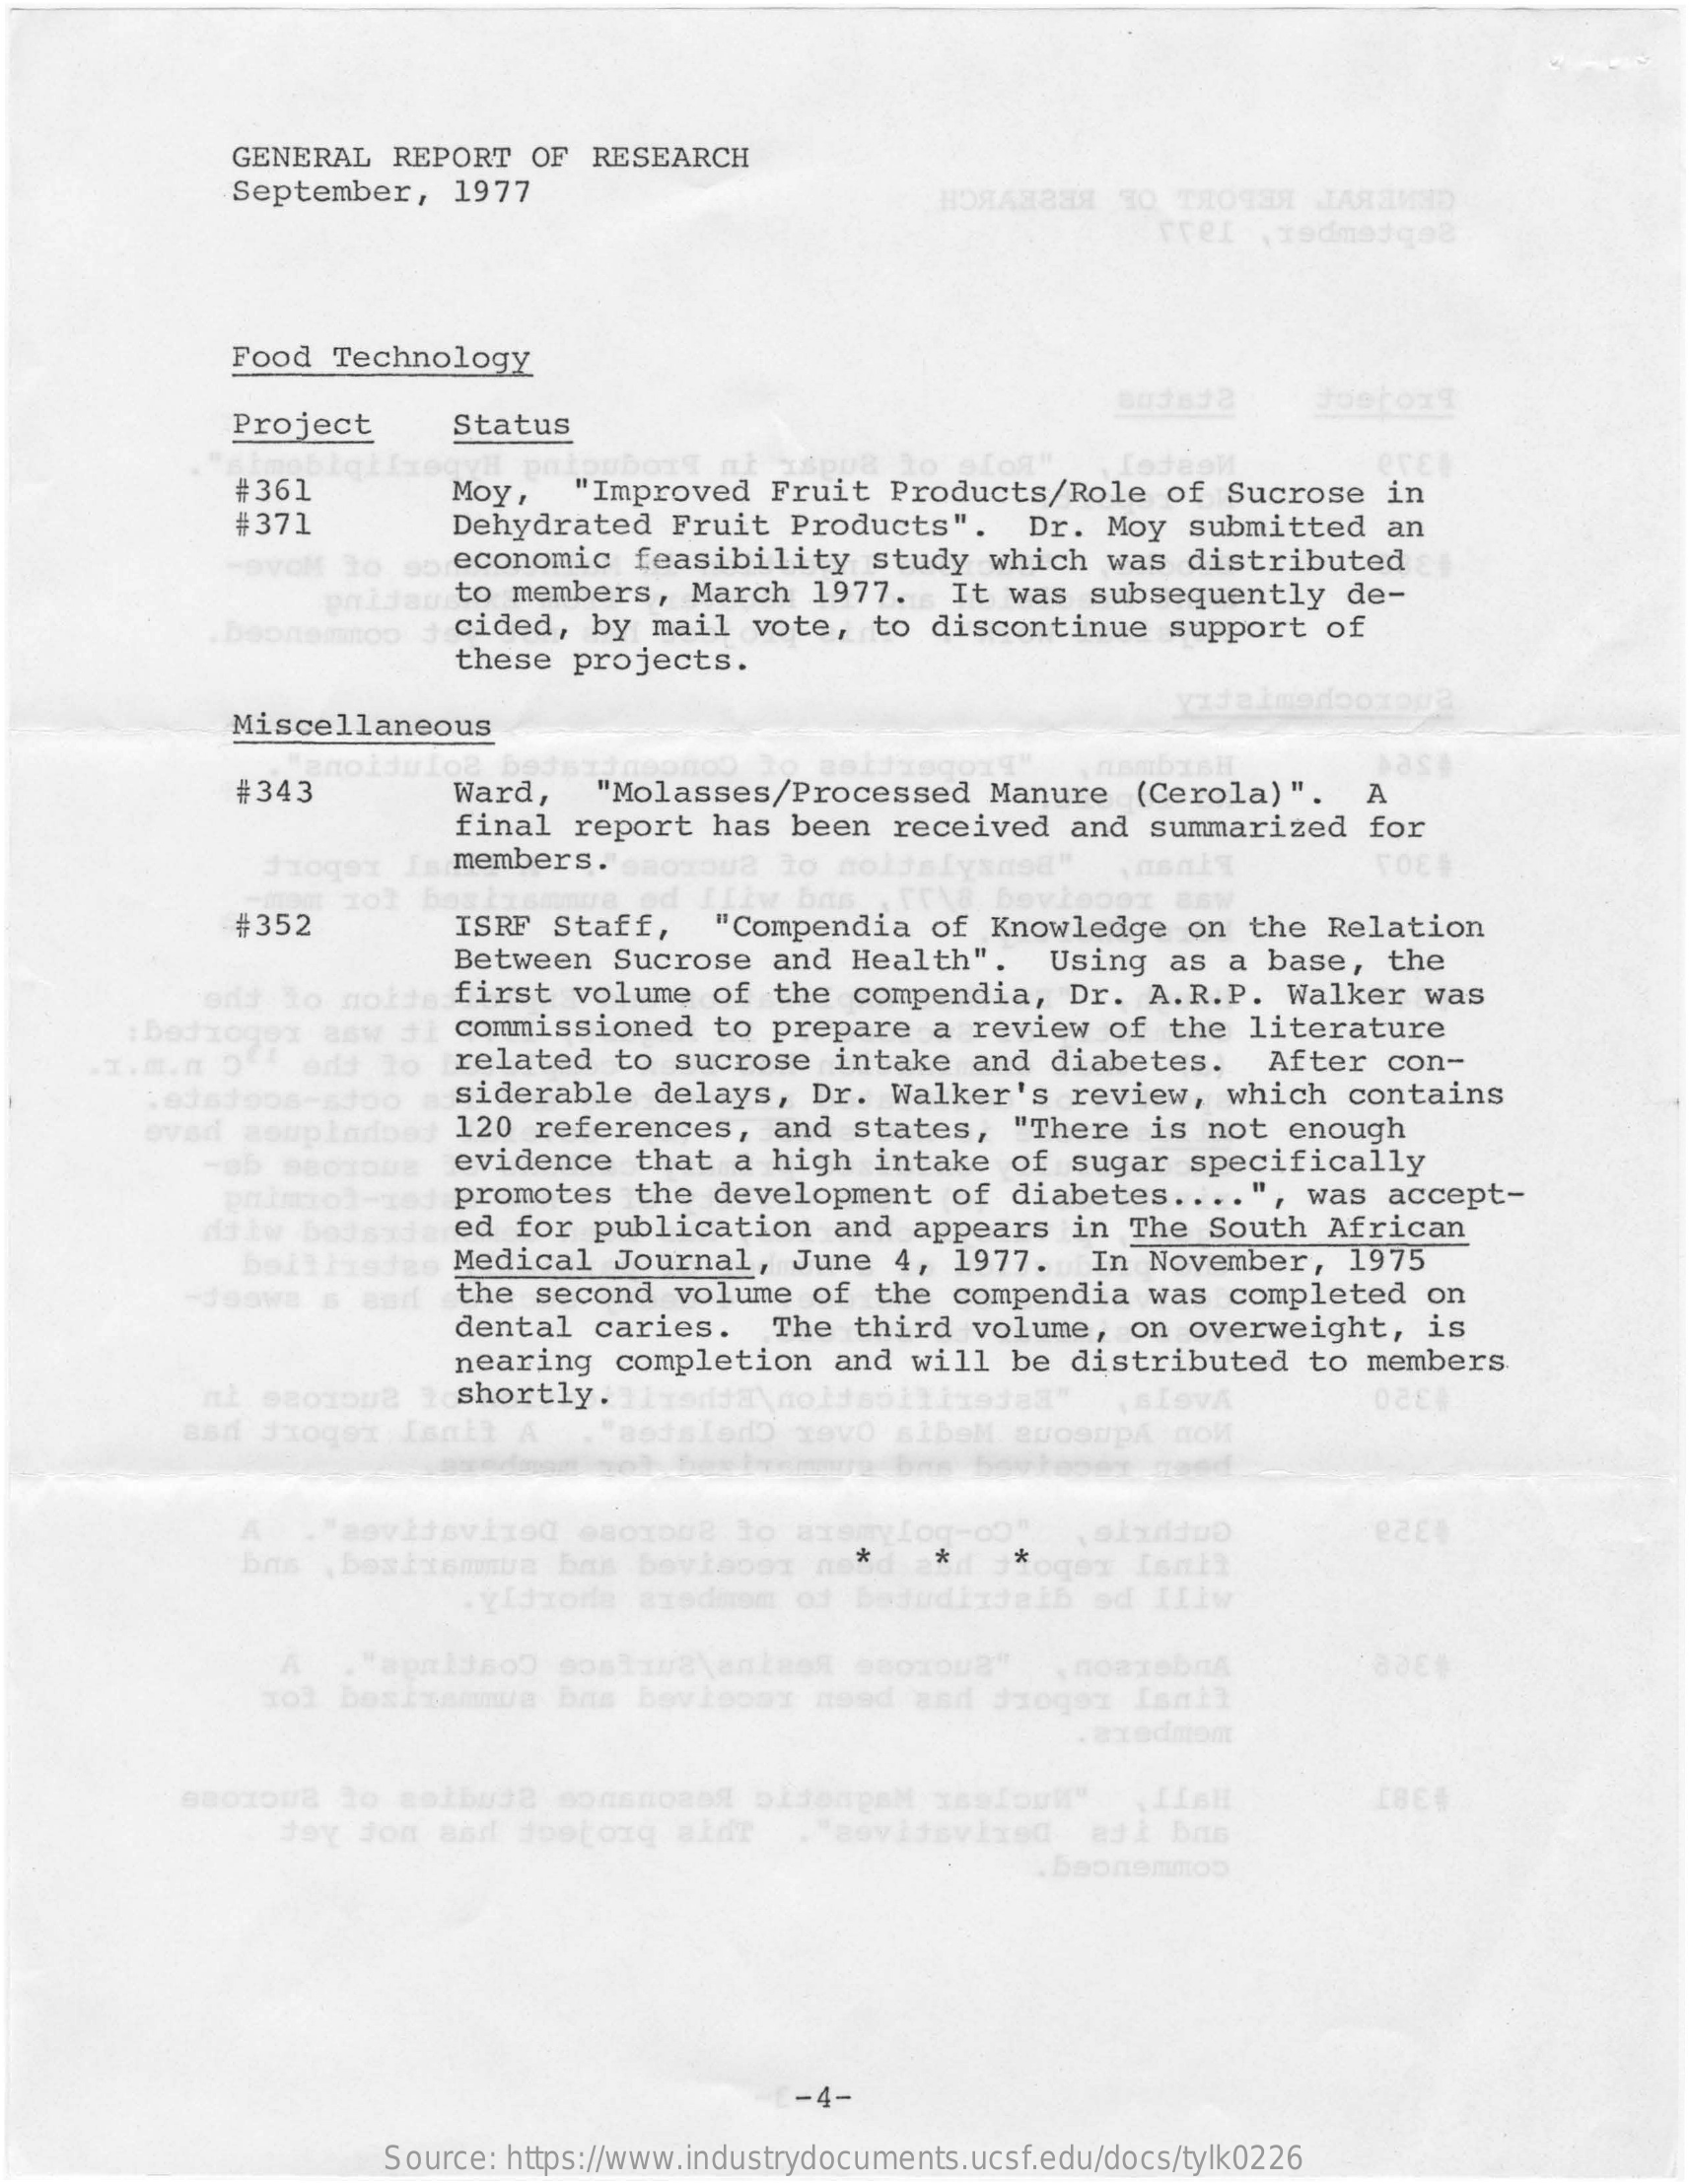
GENERAL   REPORT   OF  RESEARCH
     September,    1977
     rret  , redmedgel
     Food   Technology
     Project    Status
     Joeroxa
     #361    "Improved   Fruit   Products/Role    of  Sucrose   in
     Dehydrated    Fruit   Products".
     Moy,
     #371    Dr.  Moy  submitted    an
     DvoM  to  so economic    feasibility    study   which  was  distributed
     paidan   to members,   March   1977.    It  was  subsequently    de-
     Deonemtoo    cided,   by  mail   vote,  to  discontinue    support   of
     these  projects.
     Miscellaneous
     #343    Ward,    "Molasses/Processed    Manure   (Cerola)".
     as
     A
     final  report   has  been  received    and  summarized    for
     members.    aoxoua   to  molti
     #352    ISRF   Staff,    "Compendia    of  Knowledge   on  the  Relation
     Between   Sucrose    and  Health".    Using   as  a base,   the
     end  to  noite  first   volume   of  the  compendia,    Dr.  A.R.P.   Walker   was
     : bedrogex   asw  ti commissioned    to  prepare   a  review  of  the  literature
     related   to  sucrose    intake   and  diabetes.
     siderable    delays,   Dr.  Walker's    review,   which   contains
     After  con-
     ovad   aouplarbej   120  references,    and  states,   "There   is  not  enough
     evidence    that  a  high  intake   of  sugar  specifically
     promotes    the  development    of  diabetes   .... ", was  accept-
     diaw  boasde  red  for  publication    and  appears   in  The  South  African
     ballhees    Medical   Journal,    June   4, 1977.    In  November,    1975
     the second   volume   of  the  compendia    was  completed    on
     dental  caries.    The  third   volume,   on overweight,    is
     nearing   completion    and  will  be  distributed    to  members
     nt  saorona    shortly.
     asd  Jxogex   Isalt   A
     SIOVA
     "aovitsvizod    esoxou8   to  axs
     *    * ogex  Isnt?
     .YIdrome   arediom   od  Badudizjalb    ed  Iliw
     102  basisammus    bas  bevloony   need   and  droger   Isnit
     A    noBTObIA
     axedmon
     doy  Jon  and  dostonq    aldr    "aovijsvixed    ask  Bris
     . beonemmob
     -4-
     Source: https://www.industrydocuments.ucsf.edu/docs/tylk0226